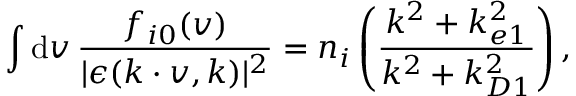
\int \mathrm { d } \boldsymbol { v } \, \frac { f _ { i 0 } ( \boldsymbol { v } ) } { | \epsilon ( \boldsymbol { k } \cdot \boldsymbol { v } , \boldsymbol { k } ) | ^ { 2 } } = n _ { i } \left( \frac { k ^ { 2 } + k _ { e 1 } ^ { 2 } } { k ^ { 2 } + k _ { D 1 } ^ { 2 } } \right) ,